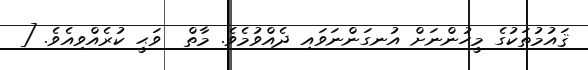
ޤައުމުތަކުގެ މީހުންނަށް އުނގަންނަވައި ދެއްވުމެވެ. މާތް  ވަޙީ ކުރެއްވިއެވެ. [